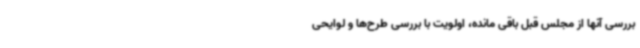
بررسی آنها از مجلس قبل باقی مانده، اولویت با بررسی طرح‌ها و لوایحی